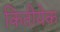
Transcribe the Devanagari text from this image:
कितीयेक